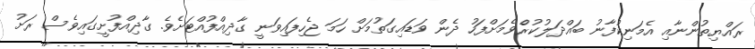
ރައްޔިތުންނާއި އެމަނިކުފާނު ބައްދަލުކުރެްވެމަށްފަހު ދެން ވަޑައިގަތުމަށް ހަމަ ޖެހިފައިވަނީ ގާދިއްފުއްޓަށެވެ. ގާދިއްފުށީގައިވެސް ރަށު